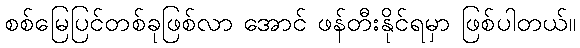
စစ်မြေပြင်တစ်ခုဖြစ်လာ အောင် ဖန်တီးနိုင်ရမှာ ဖြစ်ပါတယ်။